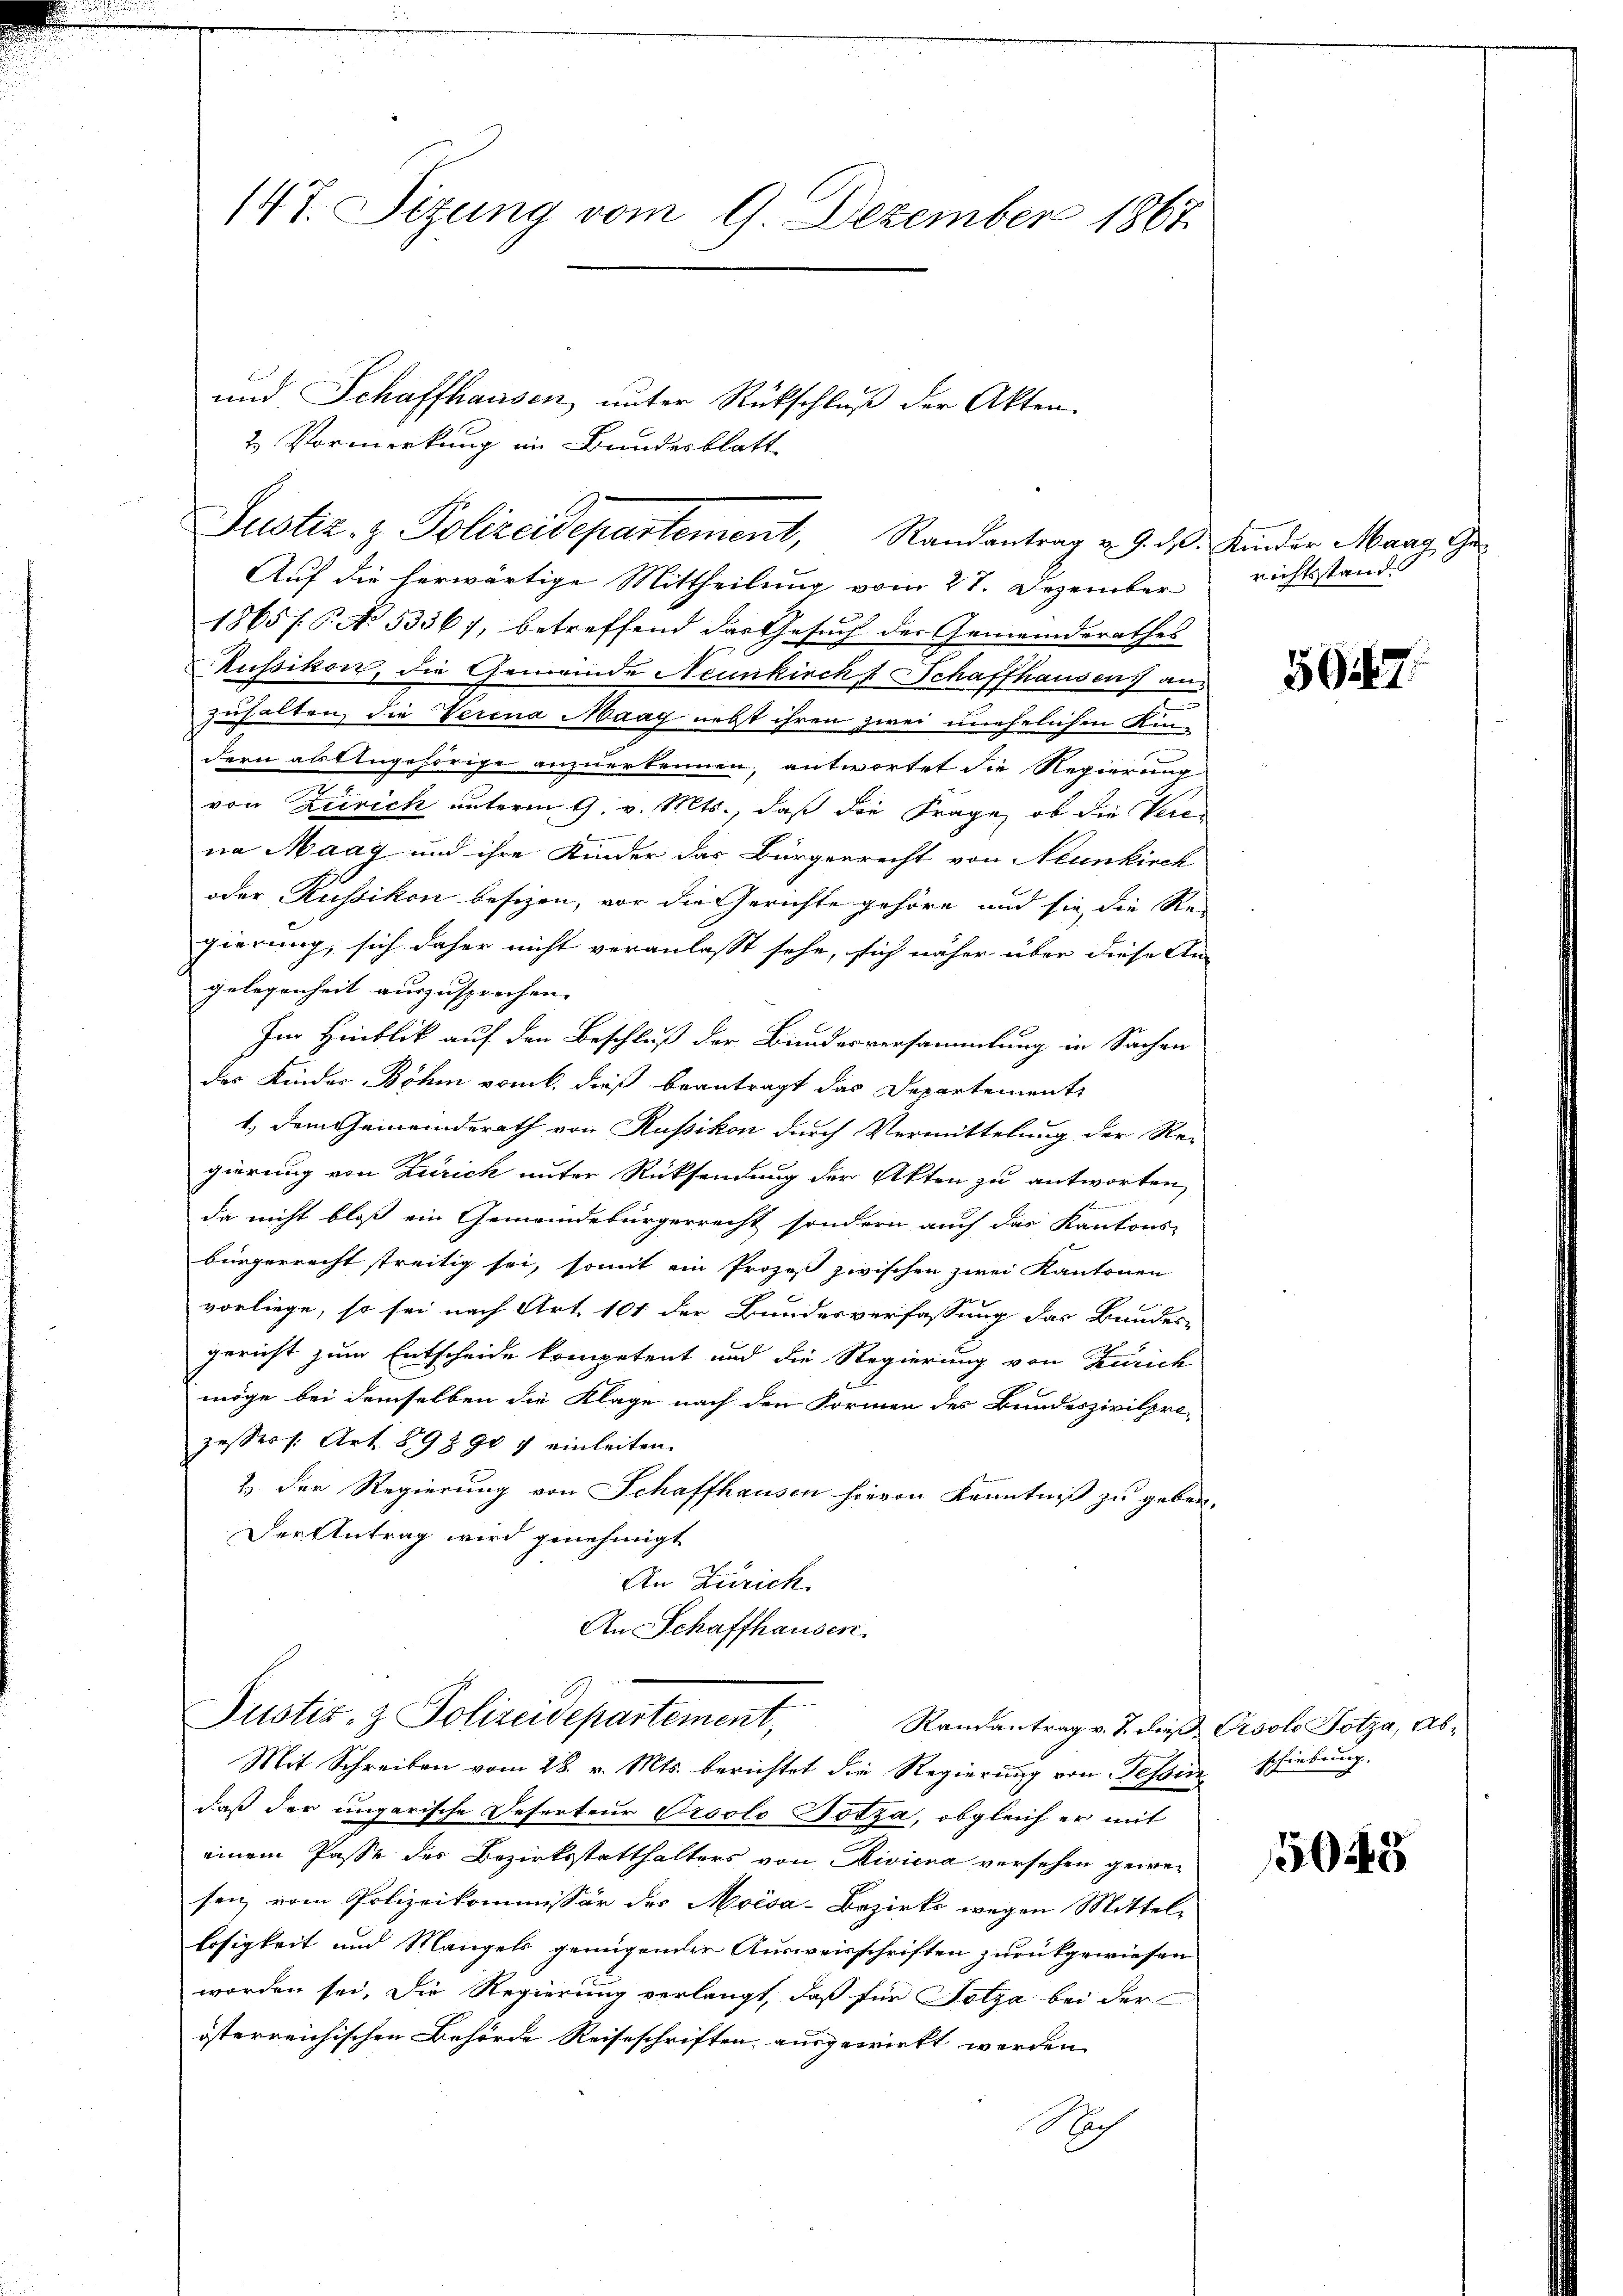
147. Sizung vom 9 Dezember 1867.

Auf die herwärtige Mittheilung vom 27. Dezember richtsstand
1865/6. No. 53367, betreffend das Gesuch der Gemeinderathes
kussikorz, die Gemeinde Neunkirchs Schaffhausen an.
zuhalten, die Verena Maag nebst ihren zwei unehelichen Kindern altengehörige anzuerkennen, antwortet die Regierung
von Zürich unterm 9. v. Mts., daß die Frage, ob die Verena Maag und ihre Kinder das Bürgerrecht von Neunkirch
oder Russikon besizen, vor die Gerichte gehöre und sie die Re-
gierung, sich daher nicht veranlasst sehe, sich näher über diese An-
gelegenheit auszusprechen. |
Im Haublik auf den Beschluß der Bundesversammlung in Sachen
des Kinder Böhm vom 6. dieß beantragt das Departements
1., dem Gemeinderath von Russikon durch Vermittelung der Rei-
gierung von Zürich unter Rücksendung der Akten zu antworten,

da nicht bloß ein Gemeindebürgerrecht sondern auch das Kantons-
bürgerrecht streitig sei, somit ein Prozeß zwischen zwei Kantonen
vorliege, so sei nach Art. 101 der Bundesverfassung das Bundes-
gericht zum Entscheide kompetent und die Regierung von Zürich
möge bei demselben die Klage nach den Formen des Bundeszivilpri-
zessers. Art. 893 907 einleiten.
2.) Der Regierung von Schaffhausen hievon Kenntniß zu geben.
Der Antrag wird genehmigt
An Zürich
An Schaffhausen.

und Schaffhausen, unter Rückschluß der Akten

2 Vormerkung im Bundesblatt
Justiz- & Polizeidepartement, Randantrag v. 9. d. Kinder Marg, Ge

Justiz- & Polizeidepartement,

Mit Schreiben vom 28. v. Mts. berichtet die Regierung von Tessin schiebung.
daß der ungarische Deferteur Orsolo Totza, obgleich er mit
einem Pässe der Bezirksstatthalters von Riviera versehen gewesen vom Polizeikommissär des Moisa-Bezirks wegen Mittel-
losigkeit und Mangels genügender Ausweisschriften zurückgewiesen
worden sei. Die Regierung verlangt, daß für Totza bei der
österreichischen Behörde Reiseschriften ausgewirkt worden
Nach

5947.

Randantrag v. J. dieß Psolo Fotza, Ab¬

1505